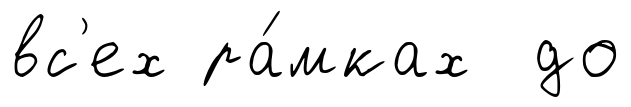
вс'ех ра́мках до